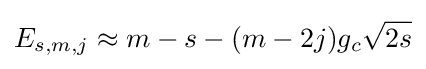
E_{s,m,j}\approx m-s-(m-2j)g_{c}{\sqrt {2s}}